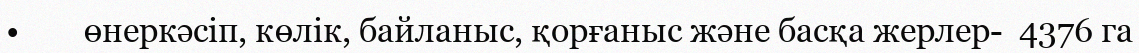
•        өнеркәсіп, көлік, байланыс, қорғаныс және басқа жерлер-  4376 га